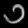
Digit: ၁